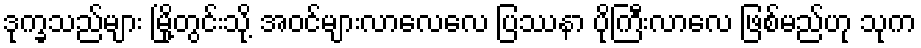
ဒုက္ခသည်များ မြို့တွင်းသို့ အဝင်များလာလေလေ ပြဿနာ ပိုကြီးလာလေ ဖြစ်မည်ဟု သုက